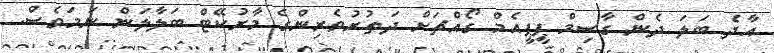
އާދެ ބަލަ ދެން ގާސިމް ޕީޕީއެމް ގޯއްޗަށް ދަތުރުވެރިންގެ މާރުކޭޓް ބަލާލަން ނަމަވެސް.